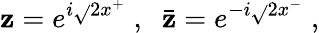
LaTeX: \mathbf{z}=e^{i\sqrt{}{2}x^{+}}\; ,\; \; \bar{{\mathbf{z}}}=e^{-i\sqrt{}{2}x^{-}}\; ,